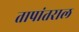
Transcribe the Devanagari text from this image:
तापांतराल